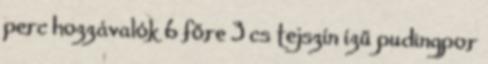
perc hozzávalók 6 főre 3 cs tejszín ízű pudingpor